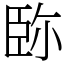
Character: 䑐